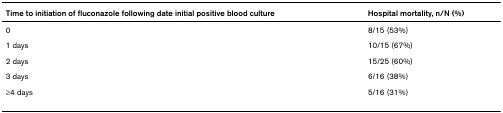
<table><thead><tr><td><b>Time to initiation of fluconazole following date initial positive blood culture</b></td><td><b>Hospital mortality, n/N (%)</b></td></tr></thead><tbody><tr><td>0</td><td>8/15 (53%)</td></tr><tr><td>1 days</td><td>10/15 (67%)</td></tr><tr><td>2 days</td><td>15/25 (60%)</td></tr><tr><td>3 days</td><td>6/16 (38%)</td></tr><tr><td>≥4 days</td><td>5/16 (31%)</td></tr></tbody></table>